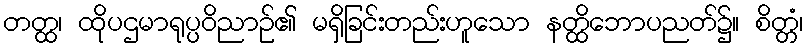
တတ္ထ၊ ထိုပဌမာရုပ္ပဝိညာဉ်၏ မရှိခြင်းတည်းဟူသော နတ္ထိဘောပညတ်၌။ စိတ္တံ၊